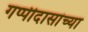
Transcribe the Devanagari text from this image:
गप्पीदासांच्या